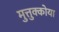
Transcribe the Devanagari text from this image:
मुत्तुक्कोया